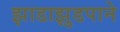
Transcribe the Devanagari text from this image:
झाडाझुडपाने